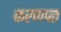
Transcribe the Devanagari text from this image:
करणपत